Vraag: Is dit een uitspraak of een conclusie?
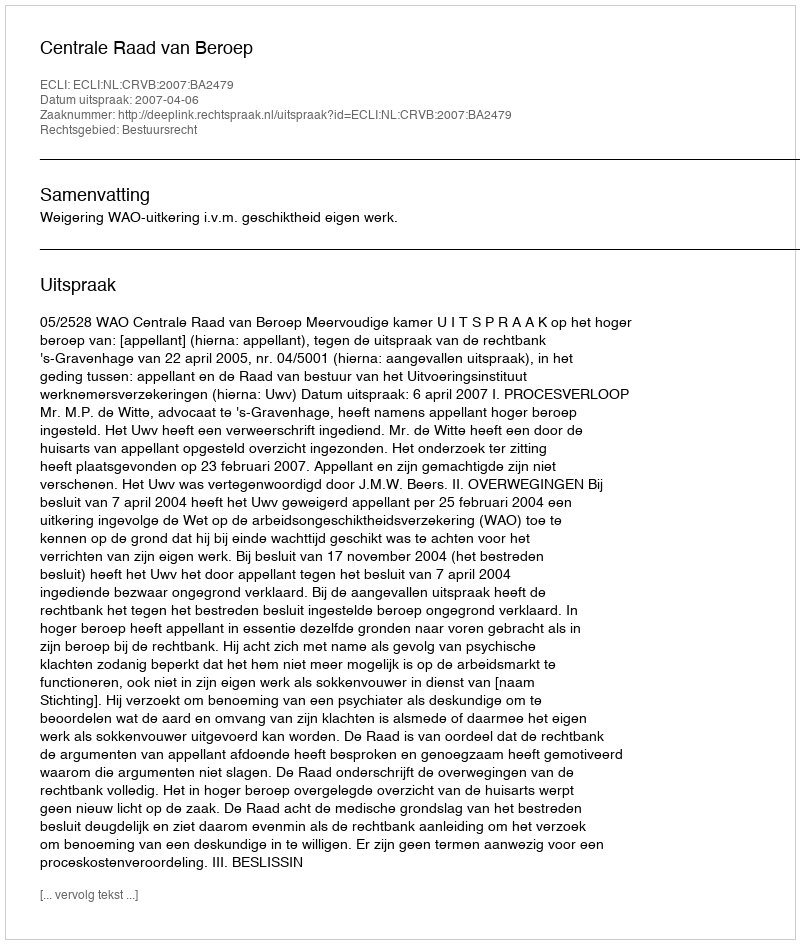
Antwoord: Uitspraak